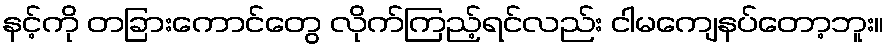
နင့်ကို တခြားကောင်တွေ လိုက်ကြည့်ရင်လည်း ငါမကျေနပ်တော့ဘူး။